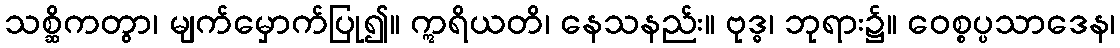
သစ္ဆိကတွာ၊ မျက်မှောက်ပြု၍။ ဣရိယတိ၊ နေသနည်း။ ဗုဒ္ဓ၊ ဘုရား၌။ ဝေစ္စပ္ပသာဒေန၊